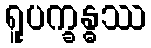
ရူပက္ခန္ဓဿ